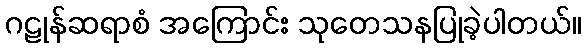
ဂဠုန်ဆရာစံ အကြောင်း သုတေသနပြုခဲ့ပါတယ်။